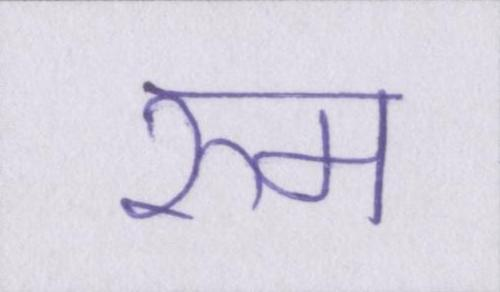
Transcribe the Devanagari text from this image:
रुम